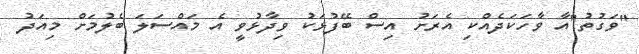
"ވަގުތު"އާ ވާހަކަދެއްކި އެރަށު އިސް ބޭފުޅަކު ވިދާޅުވީ އެ މައްސަލަ ބެލުމަށް މިއަދު